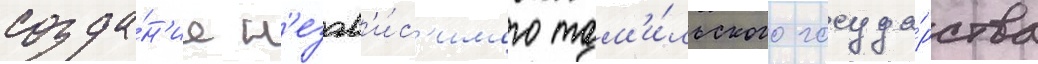
созда́н'ие н'езав'и́с'имого там'и́льского госуда́рства